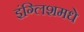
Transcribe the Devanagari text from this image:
इंग्लिशमधे